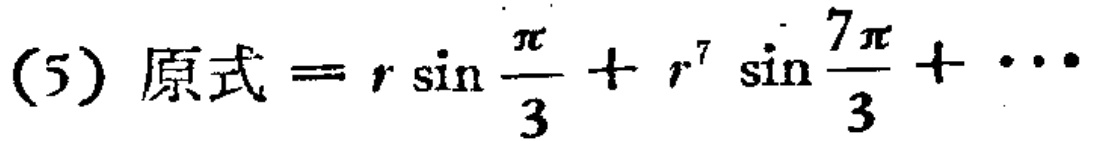
(5) 原式 \(= r\sin\frac{\pi}{3}+r^{7}\sin\frac{7\pi}{3}+\cdots\)